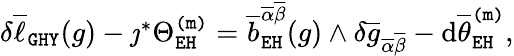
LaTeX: \begin{array}{r}{\delta\overline{{\ell}}_{\mathtt{GHY}}(g)-\jmath^{*}\Theta_{\mathtt{EH}}^{\mathtt{(m)}}=\overline{{b}}_{\mathtt{EH}}^{\overline{{\alpha}}\overline{{\beta}}}(g)\wedge\delta\overline{{g}}_{\overline{{\alpha}}\overline{{\beta}}}-\mathrm{d}\overline{{\theta}}_{\mathtt{EH}}^{\mathtt{(m)}},}\end{array}